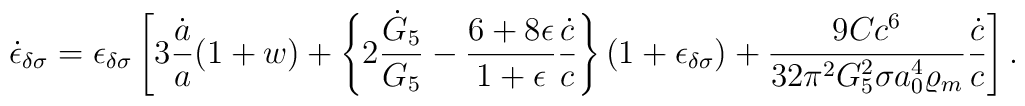
\dot{\epsilon}_{\delta\sigma}=\epsilon_{\delta\sigma}\left[3{\dot{a}\over a}(1+w)+\left\{2{\dot{G}_5\over G_5}-{{6+8\epsilon}\over{1+\epsilon}}{\dot{c}\over c}\right\}(1+\epsilon_{\delta\sigma})+{{9Cc^6}\over{32\pi^2G^2_5\sigma a^4_0\varrho_m}}{\dot{c}\over c}\right].